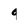
Character: 9